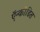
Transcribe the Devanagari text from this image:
ऍन्कोडित